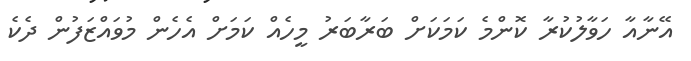
އޭނާއާ ހަވާލުކުރާ ކޮންމެ ކަމަކަށް ބަރާބަރު މީހެއް ކަމަށް އެހެން މުވައްޒަފުން ދެކެ